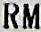
RM